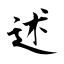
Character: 述